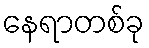
နေရာတစ်ခု